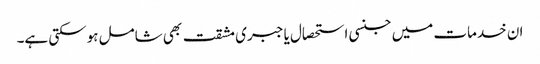
ان خدمات میں جنسی استحصال یا جبری مشقت بھی شامل ہوسکتی ہے۔